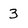
Character: 3